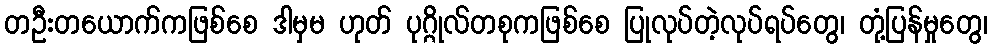
တဦးတယောက်ကဖြစ်စေ ဒါမှမ ဟုတ် ပုဂ္ဂိုလ်တစုကဖြစ်စေ ပြုလုပ်တဲ့လုပ်ရပ်တွေ၊ တုံ့ပြန်မှုတွေ၊